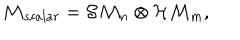
{ \cal M } _ { s c a l a r } = { \cal S M } _ { n } \otimes { \cal H M } _ { m } ,